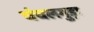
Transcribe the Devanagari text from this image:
चंचलगुड़ा